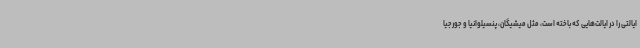
ایالتی را در ایالت‌هایی که باخته است، مثل میشیگان، پنسیلوانیا و جورجیا